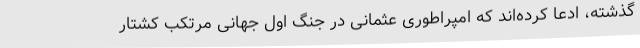
گذشته، ادعا کرده‌اند که امپراطوری عثمانی در جنگ اول جهانی مرتکب کشتار